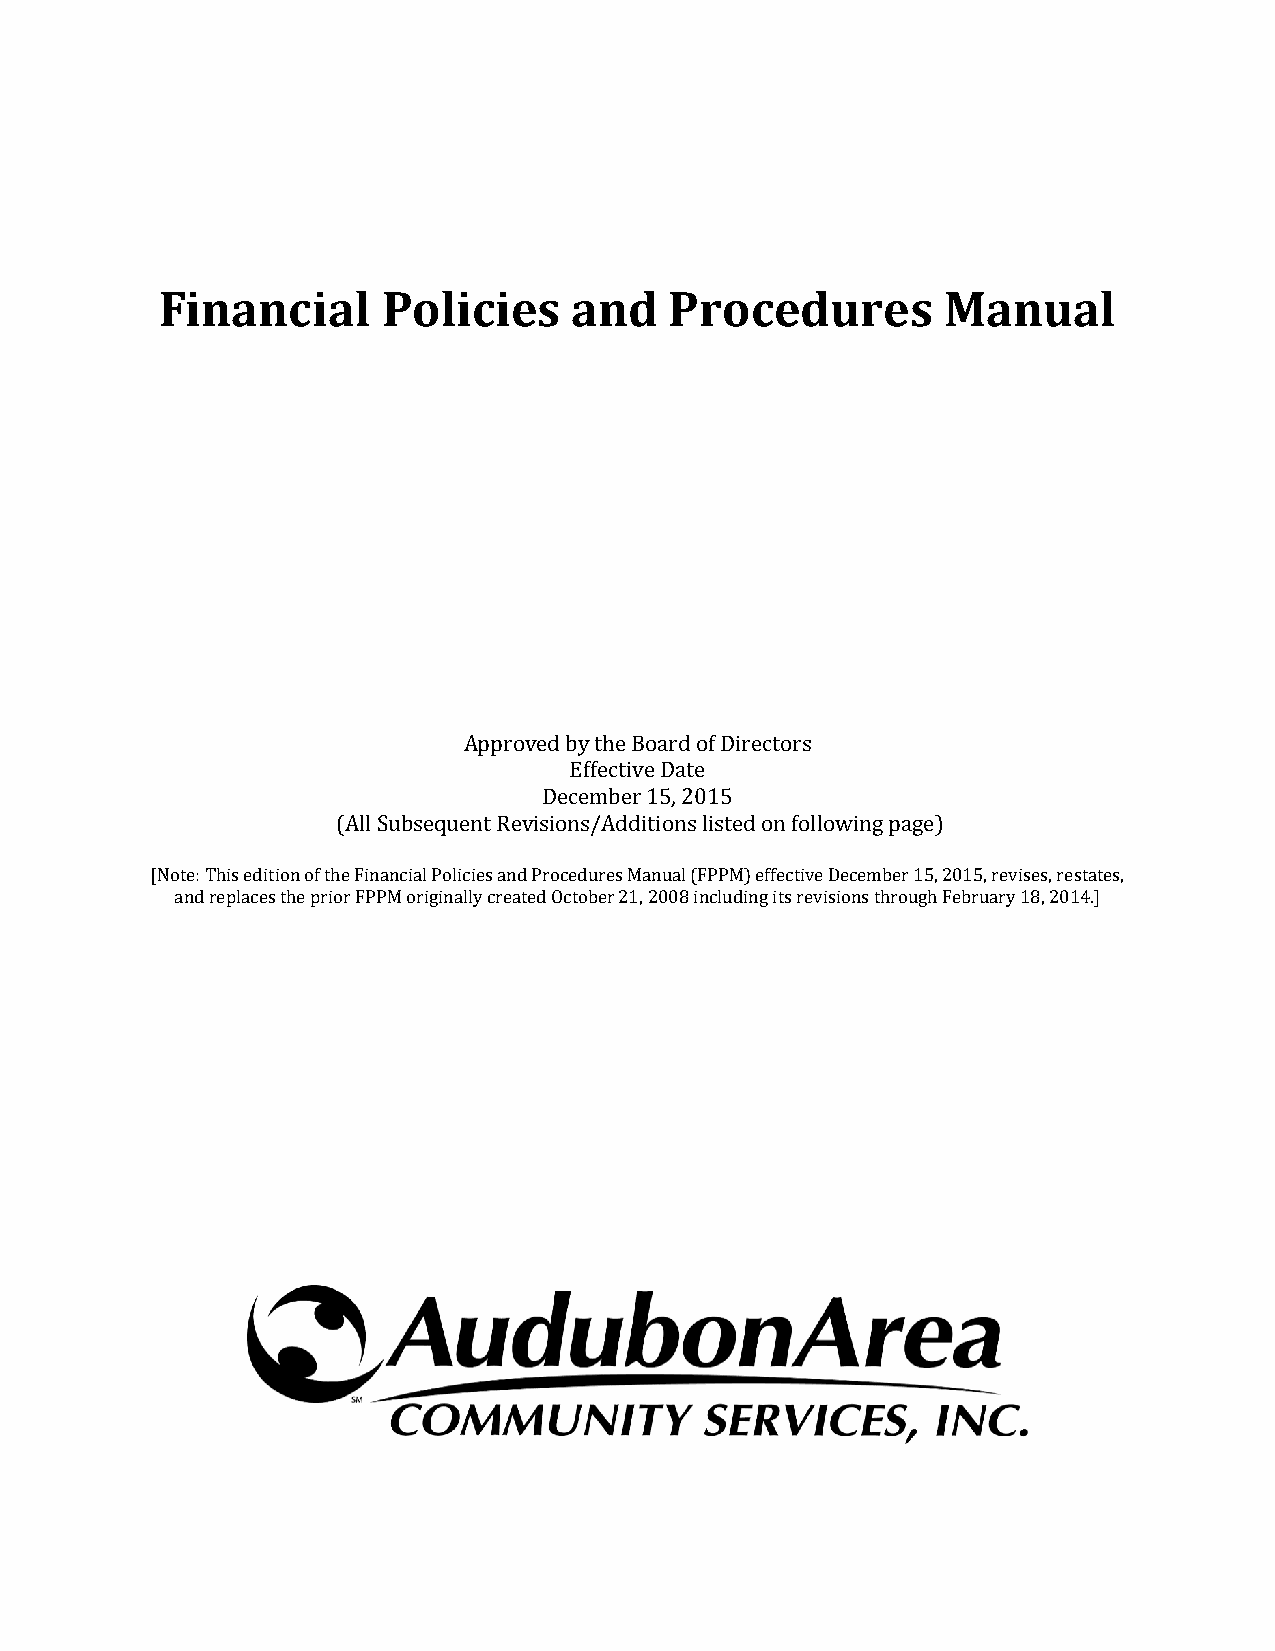
Financial     Policies     and   Procedures         Manual
 Approved by the Board of Directors
 Effective Date
 December 15, 2015
 (All Subsequent Revisions/Additions listed on following page)
 [Note: This edition of the Financial Policies and Procedures M anual (FPPM) effective December 15, 2015, revises, restates,
 and replaces the prior FPPM originally created October 21, 2008 including its revisions through February 18, 2014.]